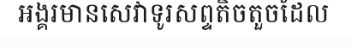
អង្គរមានសេវាទូរសព្ទតិចតួចដែល